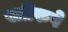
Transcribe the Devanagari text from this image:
स्त्रीरुपे